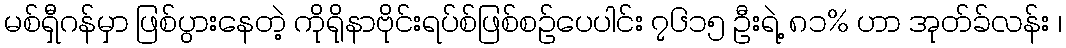
မစ်ရှီဂန်မှာ ဖြစ်ပွားနေတဲ့ ကိုရိုနာဗိုင်းရပ်စ်ဖြစ်စဉ်ပေပါင်း ၇၆၁၅ ဦးရဲ့ ၈၁% ဟာ အုတ်ခ်လန်း ၊